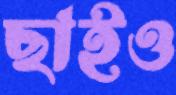
ছাইও